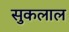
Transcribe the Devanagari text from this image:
सुकलाल